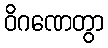
ဝိဂဏေတွာ